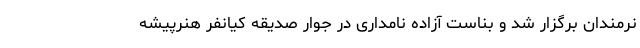
نرمندان برگزار شد و بناست آزاده نامداری در جوار صدیقه کیانفر هنرپیشه